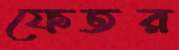
ফেতর